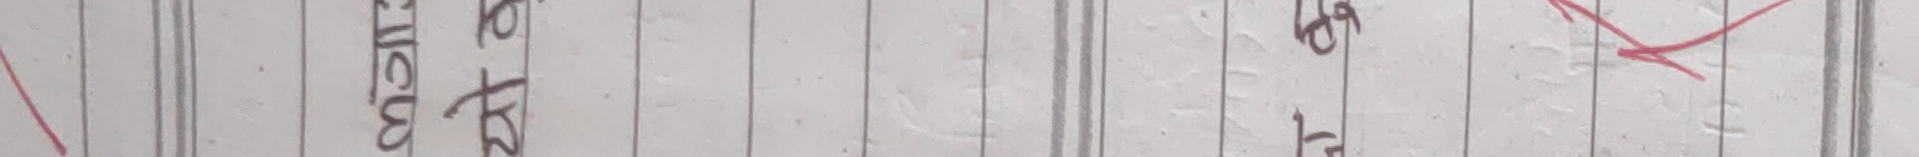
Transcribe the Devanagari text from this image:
होला